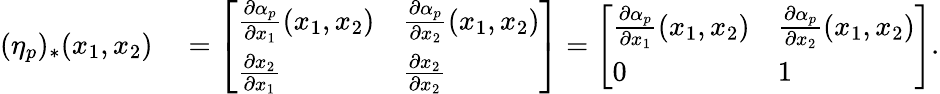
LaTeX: \begin{array}{rl}{(\eta_{p})_{*}(x_{1},x_{2})}&{{}=\left[\begin{array}{ll}{\frac{\partial\alpha_{p}}{\partial x_{1}}(x_{1},x_{2})}&{\frac{\partial\alpha_{p}}{\partial x_{2}}(x_{1},x_{2})}\\ {\frac{\partial x_{2}}{\partial x_{1}}}&{\frac{\partial x_{2}}{\partial x_{2}}}\end{array}\right]=\left[\begin{array}{ll}{\frac{\partial\alpha_{p}}{\partial x_{1}}(x_{1},x_{2})}&{\frac{\partial\alpha_{p}}{\partial x_{2}}(x_{1},x_{2})}\\ {0}&{1}\end{array}\right].}\end{array}